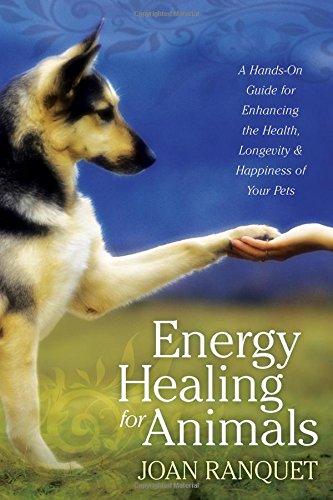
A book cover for Energy Healing for Animals: A Hands-On Guide for Enhancing the Health, Longevity, and Happiness of Your Pets; Joan Ranquet; Health, Fitness & Dieting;